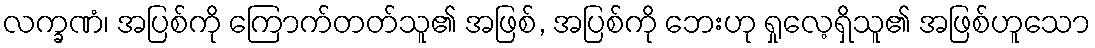
လက္ခဏံ၊ အပြစ်ကို ကြောက်တတ်သူ၏ အဖြစ်, အပြစ်ကို ဘေးဟု ရှုလေ့ရှိသူ၏ အဖြစ်ဟူသော